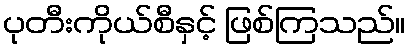
ပုတီးကိုယ်စီနှင့် ဖြစ်ကြသည်။